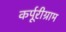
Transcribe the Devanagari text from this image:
कर्पूरीग्राम